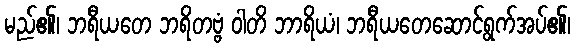
မည်၏၊ ဘရီယတေ ဘရိတဗ္ဗံ ဝါတိ ဘာရိယံ၊ ဘရီယတေဆောင်ရွက်အပ်၏၊